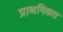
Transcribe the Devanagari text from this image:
प्राथमिकत